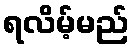
ရလိမ့်မည်